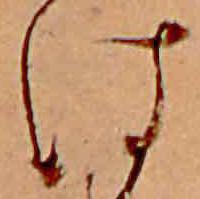
は